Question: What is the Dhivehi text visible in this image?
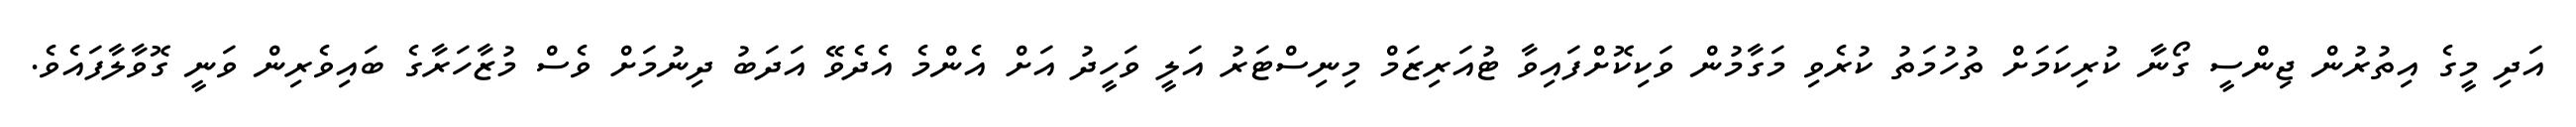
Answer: އަދި މީގެ އިތުރުން ޖިންސީ ގޯނާ ކުރިކަމަށް ތުހުމަތު ކުރެވި މަގާމުން ވަކިކޮށްފައިވާ ޓުއަރިޒަމް މިނިސްޓަރު އަލީ ވަހީދު އަށް އެންމެ އެދެވޭ އަދަބު ދިނުމަށް ވެސް މުޒާހަރާގެ ބައިވެރިން ވަނީ ގޮވާލާފައެވެ.